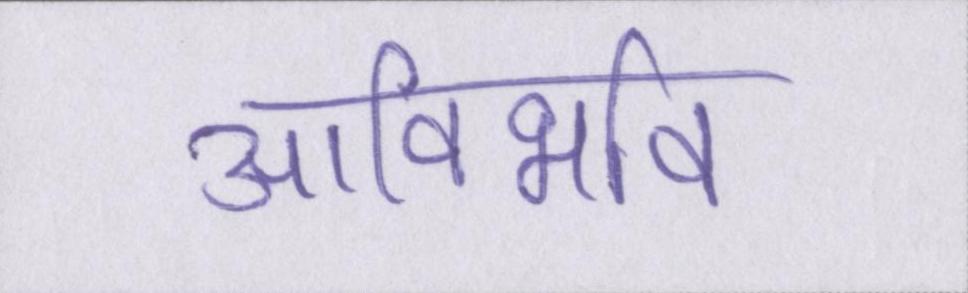
आविर्भाव